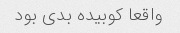
واقعا کوبیده بدی بود